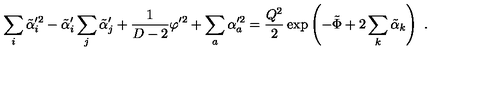
\sum _ { i } \tilde { \alpha } _ { i } ^ { \prime 2 } - \tilde { \alpha } _ { i } ^ { \prime } \sum _ { j } \tilde { \alpha } _ { j } ^ { \prime } + { \frac { 1 } { D - 2 } } \varphi ^ { \prime 2 } + \sum _ { a } \alpha _ { a } ^ { \prime 2 } = { \frac { Q ^ { 2 } } { 2 } } \exp \left( - \tilde { \Phi } + 2 \sum _ { k } \tilde { \alpha } _ { k } \right) \ .